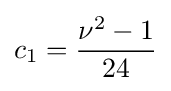
c_{1}={\frac {\nu ^{2}-1}{24}}